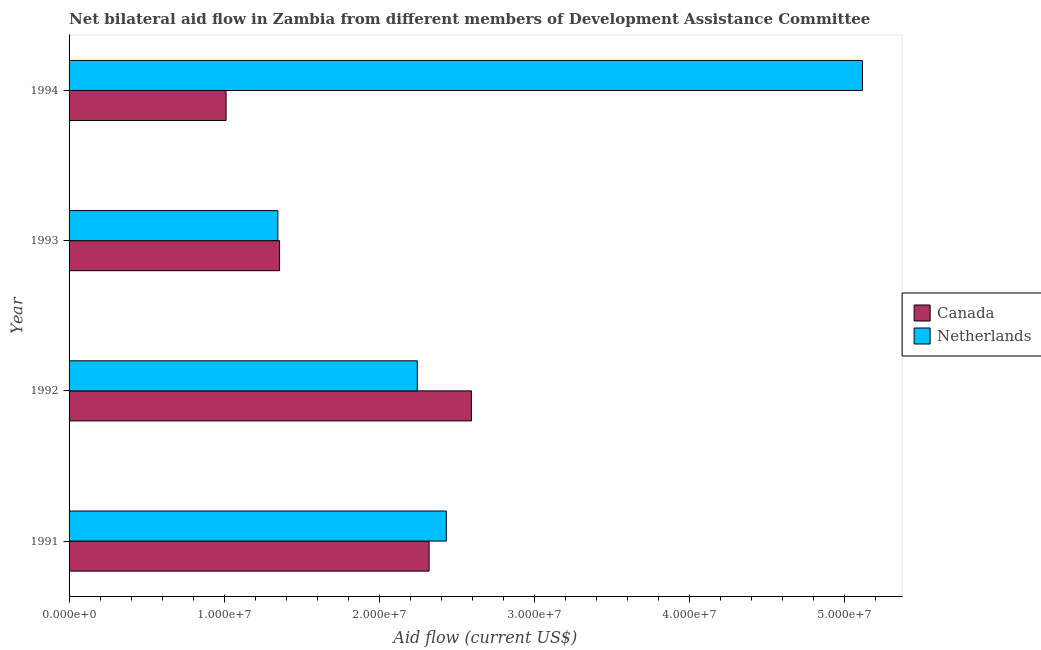
| Year | Canada | Netherlands |
 | --- | --- | --- |
 | 1991 | 2.32e+07 | 2.43e+07 |
 | 1992 | 2.6e+07 | 2.25e+07 |
 | 1993 | 1.36e+07 | 1.35e+07 |
 | 1994 | 1.01e+07 | 5.12e+07 |